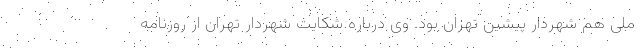
ملی هم شهردار پیشین تهران بود. وی درباره شکایت شهردار تهران از روزنامه